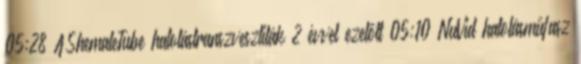
05:28 AShemaleTube hatolástranszvesztiták 2 évvel ezelőtt 05:10 NuVid hatolásműfasz